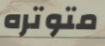
متوتره